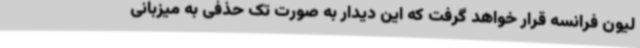
لیون فرانسه قرار خواهد گرفت که این دیدار به صورت تک حذفی به میزبانی